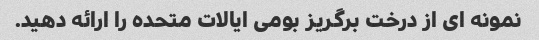
نمونه ای از درخت برگریز بومی ایالات متحده را ارائه دهید.